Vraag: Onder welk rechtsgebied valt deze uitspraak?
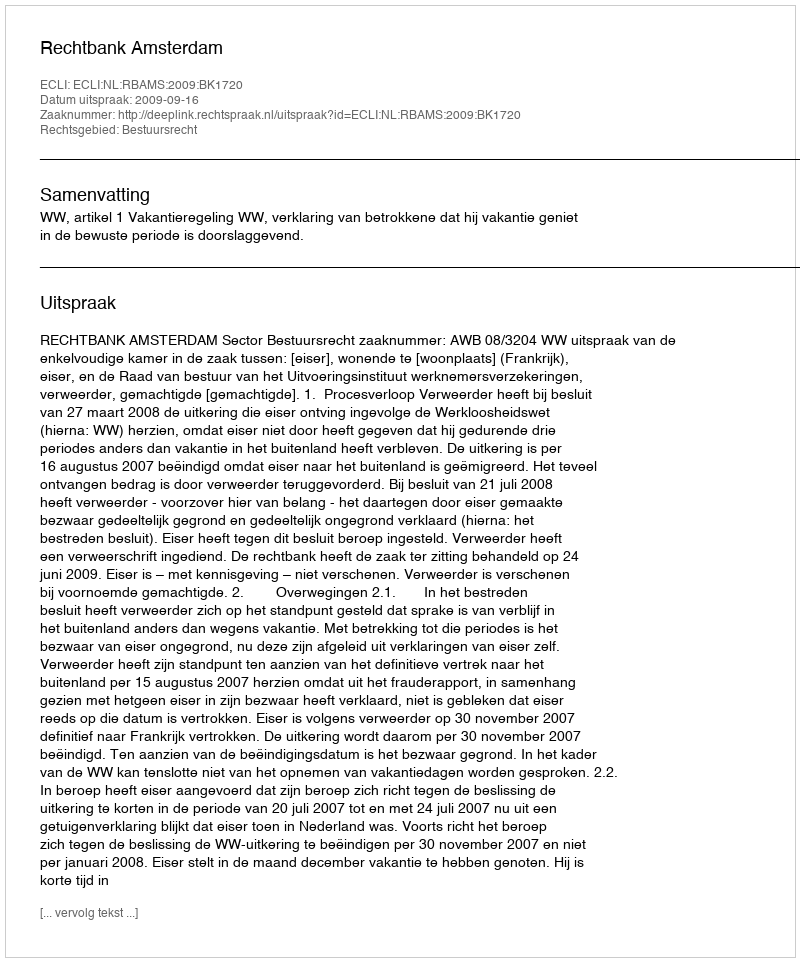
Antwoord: Bestuursrecht